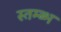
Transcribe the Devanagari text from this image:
स्तम्ब्भ